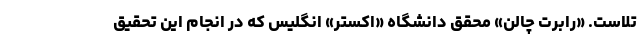
تلاست. «رابرت چالن» محقق دانشگاه «اکستر» انگلیس که در انجام این تحقیق